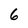
Character: 6